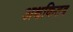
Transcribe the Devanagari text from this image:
अक्षकितव